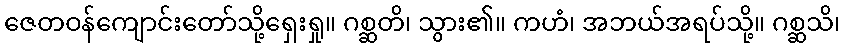
ဇေတဝန်ကျောင်းတော်သို့ရှေးရှု။ ဂစ္ဆတိ၊ သွား၏။ ကဟံ၊ အဘယ်အရပ်သို့။ ဂစ္ဆသိ၊